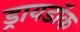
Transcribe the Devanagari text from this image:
ड्रायडॉक